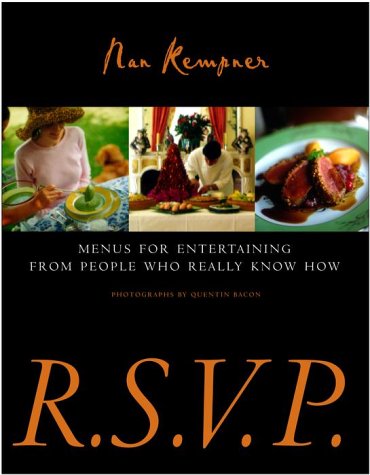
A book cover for R.S.V.P.: Menus for Entertaining from People Who Really Know How; Nan Kempner; Cookbooks, Food & Wine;